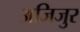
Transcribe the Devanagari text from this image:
अजिजुर